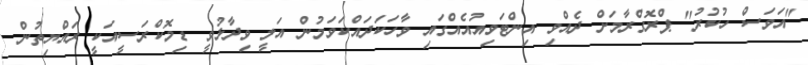
"އަވަސް ހުކުރު" ޕްރޮގްރާމަށް ދެއްވި އިންޓަވިއުއެއްގައި ވާހަކަދައްކަވަމުން އަލީ ވިދާޅުވީ ޑިމޮކްރަސީއަކީ ރައްޔިތުން